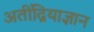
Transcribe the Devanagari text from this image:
अतींद्रियाज्ञान